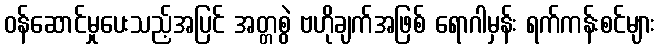
ဝန်ဆောင်မှုပေးသည့်အပြင် အတ္တစွဲ ဗဟိုချက်အဖြစ် ရောဂါမှန်း ရက်ကန်းစင်များ